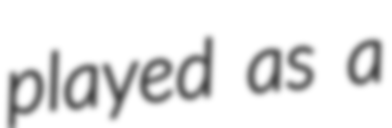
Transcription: played as a